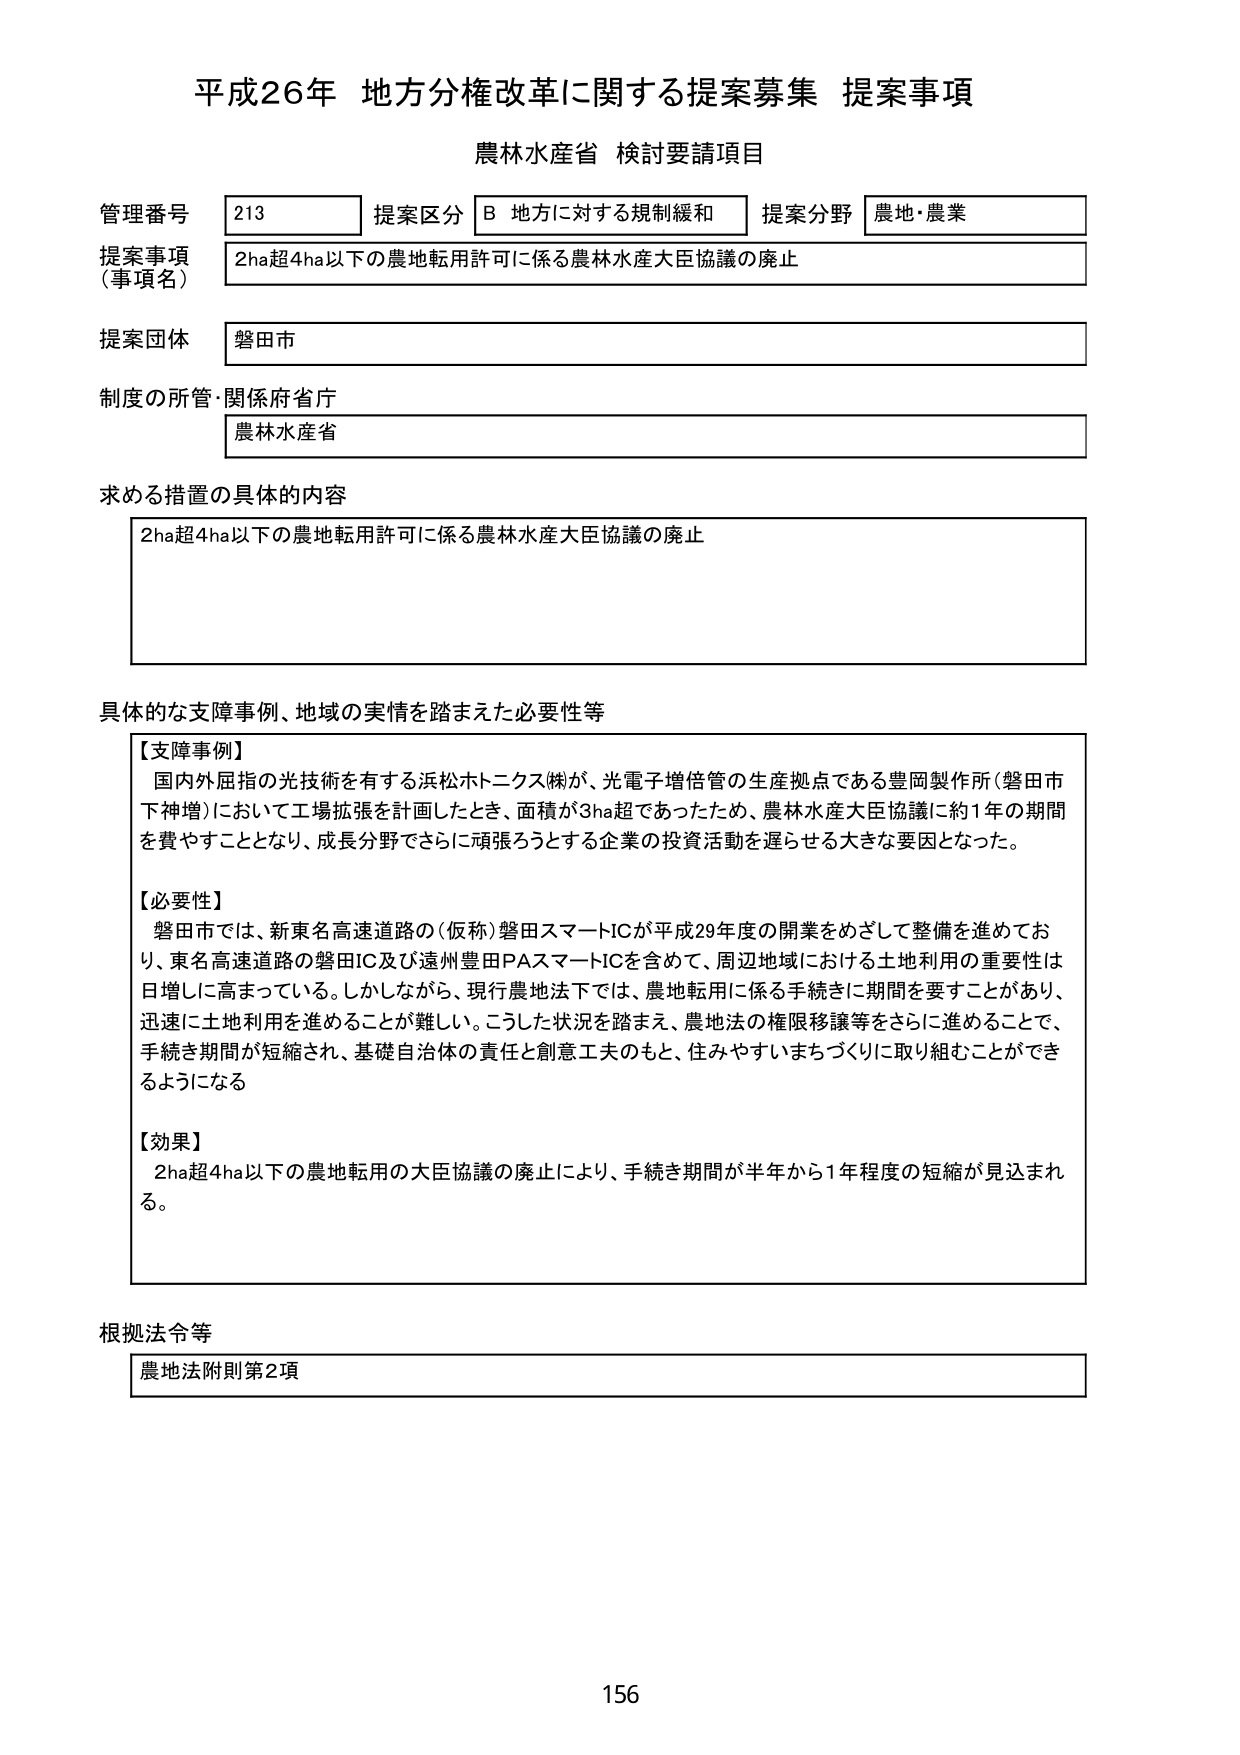
平成26年 地方分権改革に関する提案募集 提案事項
農林水産省 検討要請項目

管理番号 213 提案区分 B 地方に対する規制緩和 提案分野 農地・農業
提案事項（事項名） 2ha超4ha以下の農地転用許可に係る農林水産大臣協議の廃止
提案団体 磐田市
制度の所管・関係府省庁 農林水産省

求める措置の具体的内容
2ha超4ha以下の農地転用許可に係る農林水産大臣協議の廃止

具体的な支障事例、地域の実情を踏まえた必要性等
【支障事例】
国内外屈指の光技術を有する浜松ホトニクス㈱が、光電子増倍管の生産拠点である豊岡製作所（磐田市下神増）において工場拡張を計画したとき、面積が3ha超であったため、農林水産大臣協議に約1年の期間を費やすこととなり、成長分野でさらに頑張ろうとする企業の投資活動を遅らせる大きな要因となった。

【必要性】
磐田市では、新東名高速道路の（仮称）磐田スマートICが平成29年度の開業をめざして整備を進めており、東名高速道路の磐田IC及び遠州豊田PASスマートICを含めて、周辺地域における土地利用の重要性は日増しに高まっている。しかしながら、現行農地法下では、農地転用に係る手続きに期間を要することがあり、迅速に土地利用を進めることが難しい。こうした状況を踏まえ、農地法の権限移譲等をさらに進めることで、手続き期間が短縮され、基礎自治体の責任と創意工夫のもと、住みやすいまちづくりに取り組むことができるようになる。

【効果】
2ha超4ha以下の農地転用の大臣協議の廃止により、手続き期間が半年から1年程度の短縮が見込まれる。

根拠法令等
農地法附則第2項

156